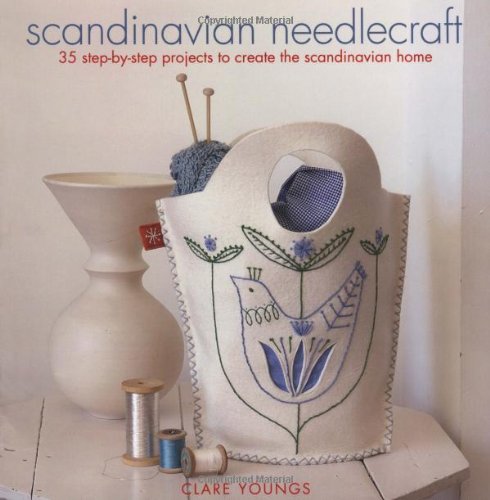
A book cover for Scandinavian Needlecraft: 35 Step-by-step Projects to Create the Scandinavian Home; Clare Youngs; Crafts, Hobbies & Home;